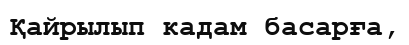
Қайрылып кадам басарға,